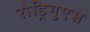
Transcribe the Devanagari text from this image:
रोड्रिगुएस